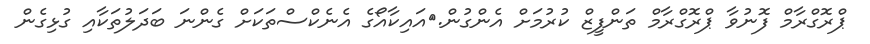
ޕްރޮގްރާމް ފޮނުވާ ޕްރޮގްރާމް ތަންފީޒް ކުރުމަށް އެންގުން.	އައިކާއޯގެ އެނެކްސްތަކަށް ގެންނަ ބަދަލުތަކާއި ގުޅިގެން